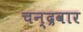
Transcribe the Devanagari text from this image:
चन्द्रवार